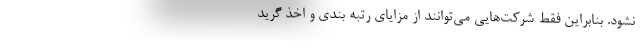
نشود. بنابراین فقط شرکت‌هایی می‌توانند از مزایای رتبه بندی و اخذ گرید